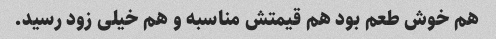
هم خوش طعم بود هم قیمتش مناسبه و هم خیلی زود رسید.